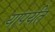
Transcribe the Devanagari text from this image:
यापर्यंत